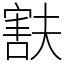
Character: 㝬